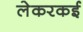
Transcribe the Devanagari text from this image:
लेकरकई